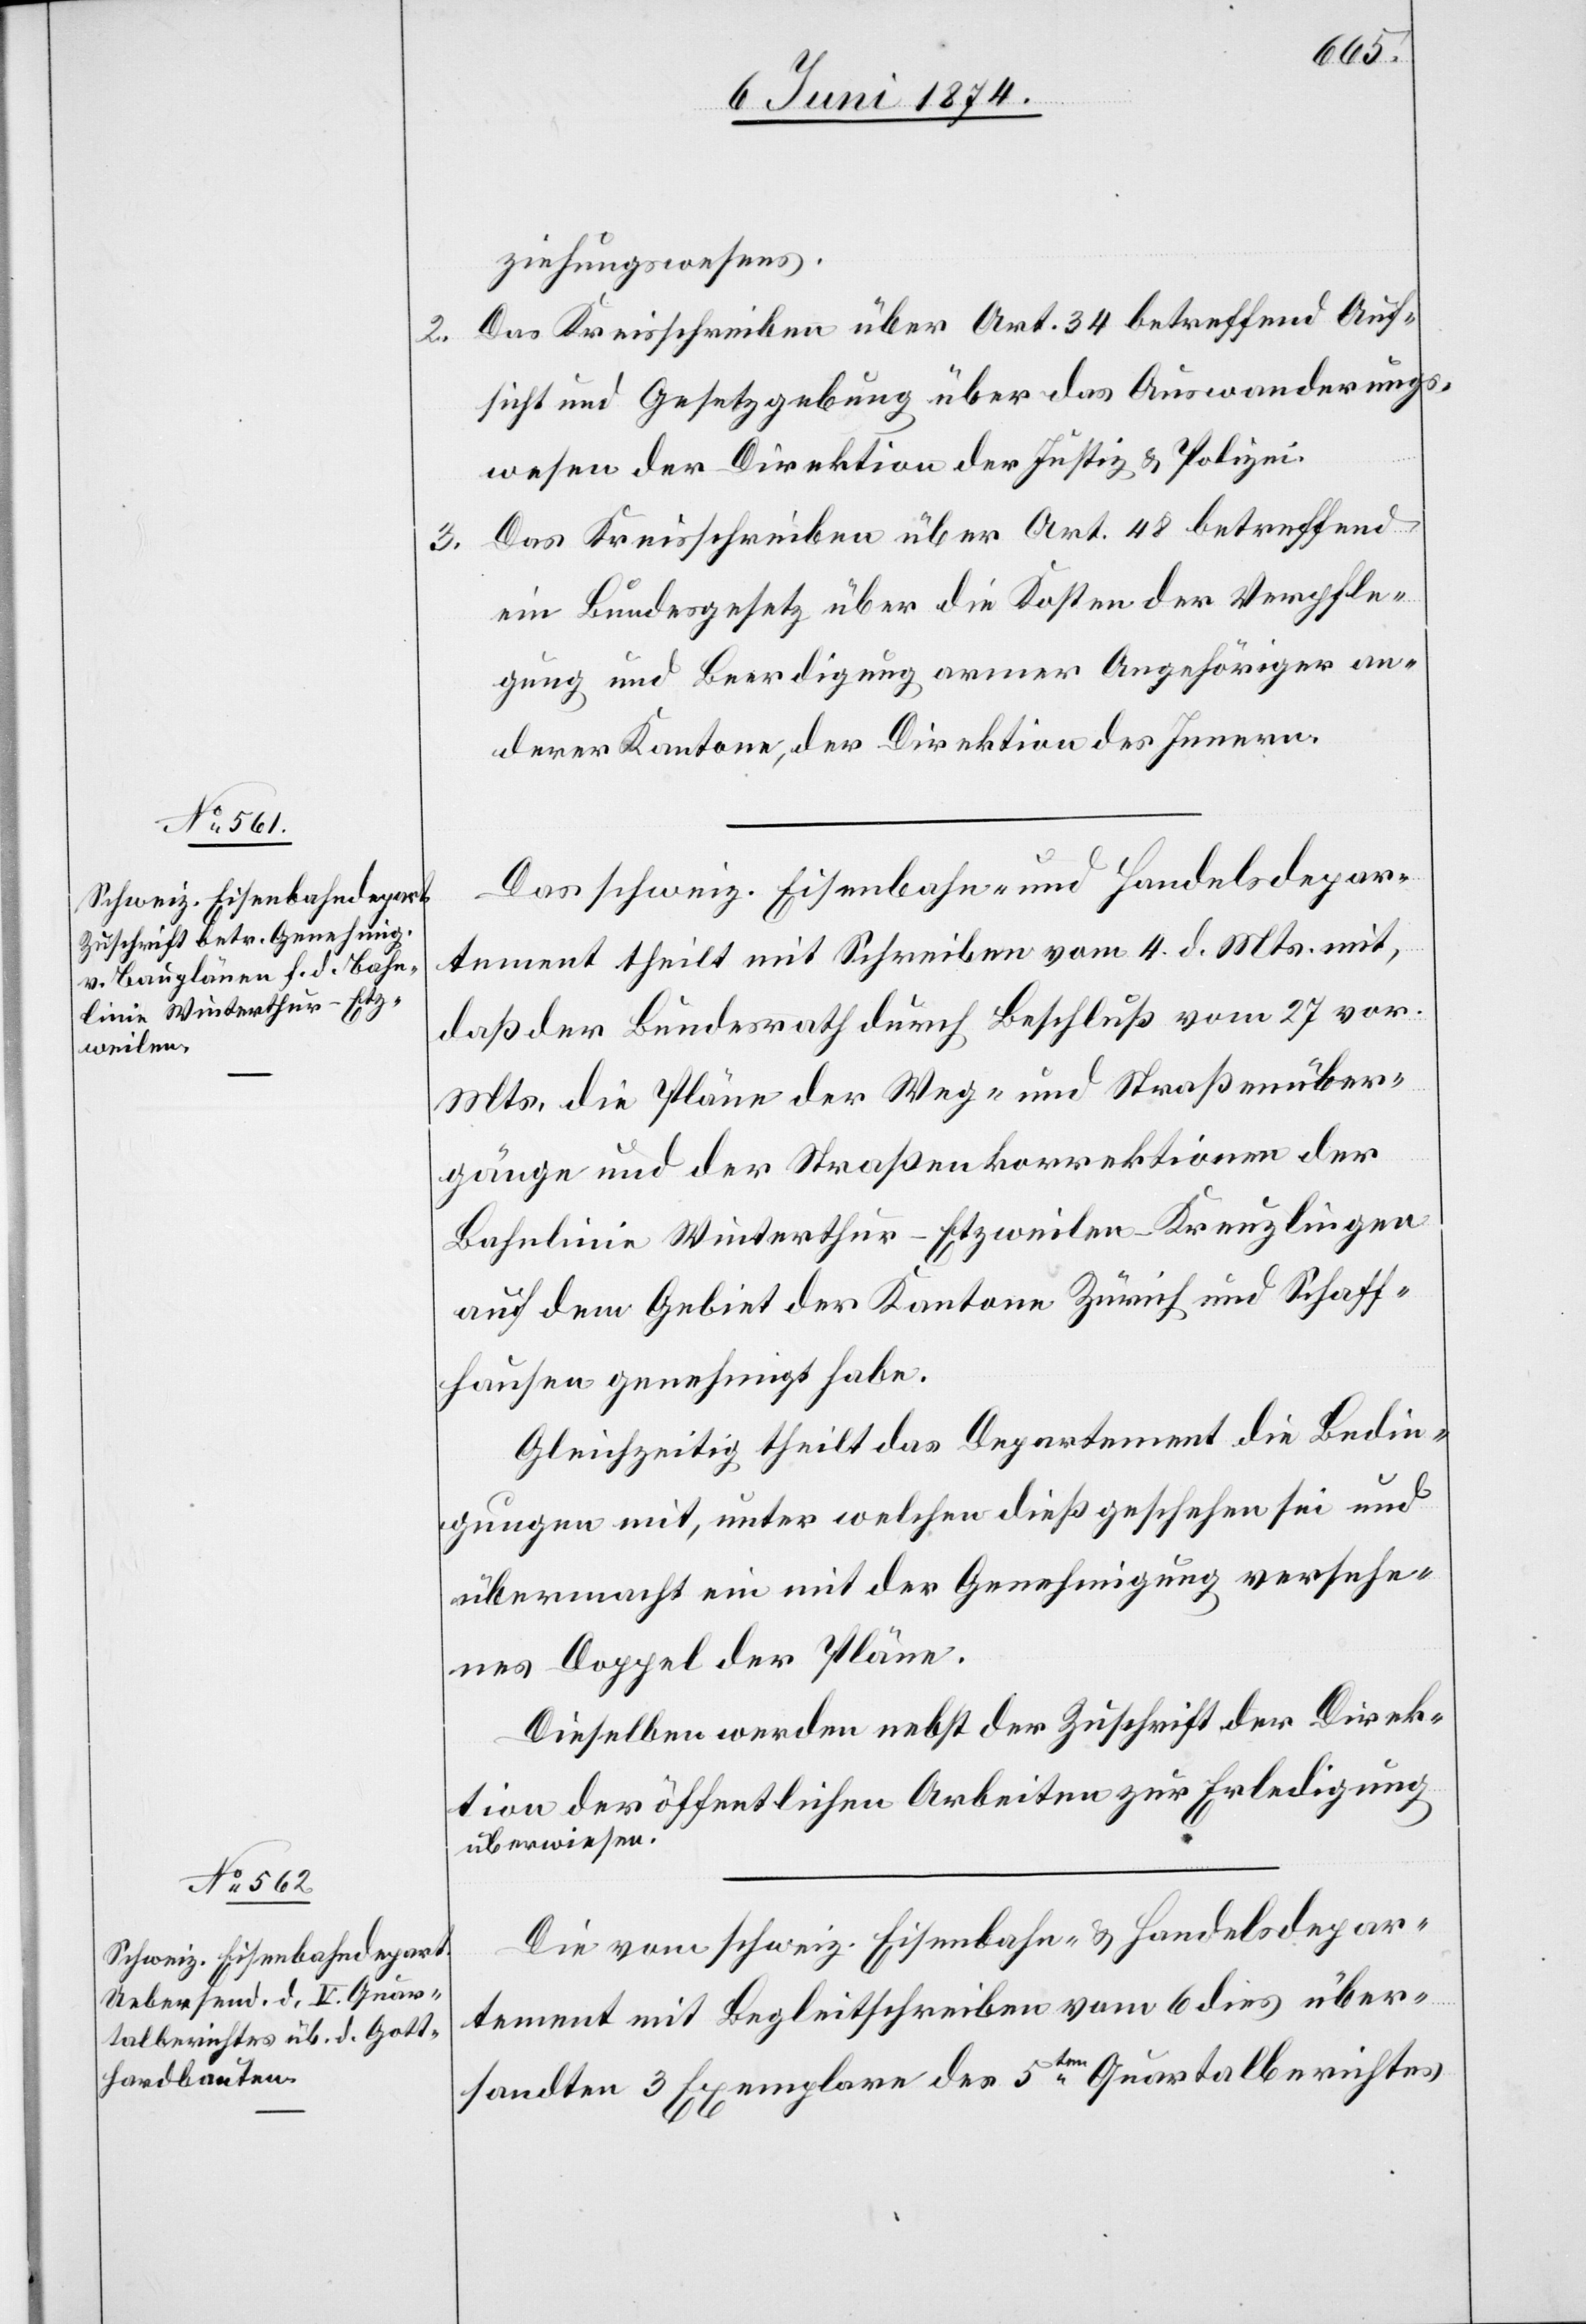
8. Juni 1874.]
ziehungswesens.
2. Das Kreisschreiben über Art. 34 betreffend Auf¬
sicht und Gesetzgebung über das Auswanderungs¬
wesen der Direktion der Justiz u. Polizei.
3. Das Kreisschreiben über Art. 48 betreffend
ein Bundesgesetz über die Kosten der Verpfle¬
gung und Beerdigung armer Angehöriger an¬
derer Kantone, der Direktion des Innern.
Das schweiz. Eisenbahn- und Handelsdepar¬
tement theilt mit Schreiben vom 4. d. Mts. mit,
daß der Bundesrath durch Beschluß vom 27. vor.
Mts., die Pläne der Weg- und Straßenüber¬
gänge und der Straßenkorrektionen der
Bahnlinie Winterthur-Etzweilen-Kreuzlingen
auf dem Gebiet der Kantone Zürich und Schaff¬
hausen genehmigt habe.
Gleichzeitig theilt das Departement die Bedin¬
gungen mit, unter welchen dieß geschehen sei und
übermacht ein mit der Genehmigung versehe¬
nes Doppel der Pläne.
Dieselben werden nebst der Zuschrift der Direk¬
tion der öffentlichen Arbeiten zur Erledigung
überwiesen.
Die vom schweiz. Eisenbahn- u. Handelsdepar¬
tement mit Begleitschreiben vom 6. dies über¬
sandten 3 Exemplare des 5ten Quartalberichtes